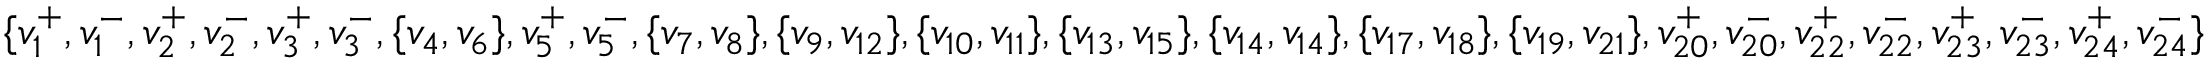
\{ v _ { 1 } ^ { + } , v _ { 1 } ^ { - } , v _ { 2 } ^ { + } , v _ { 2 } ^ { - } , v _ { 3 } ^ { + } , v _ { 3 } ^ { - } , \{ v _ { 4 } , v _ { 6 } \} , v _ { 5 } ^ { + } , v _ { 5 } ^ { - } , \{ v _ { 7 } , v _ { 8 } \} , \{ v _ { 9 } , v _ { 1 2 } \} , \{ v _ { 1 0 } , v _ { 1 1 } \} , \{ v _ { 1 3 } , v _ { 1 5 } \} , \{ v _ { 1 4 } , v _ { 1 4 } \} , \{ v _ { 1 7 } , v _ { 1 8 } \} , \{ v _ { 1 9 } , v _ { 2 1 } \} , v _ { 2 0 } ^ { + } , v _ { 2 0 } ^ { - } , v _ { 2 2 } ^ { + } , v _ { 2 2 } ^ { - } , v _ { 2 3 } ^ { + } , v _ { 2 3 } ^ { - } , v _ { 2 4 } ^ { + } , v _ { 2 4 } ^ { - } \}